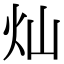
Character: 灿